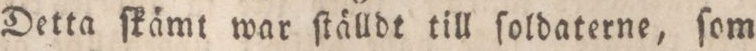
Detta ſkämt war ſtälldt till ſoldaterne, ſom